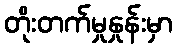
တိုးတက်မှုနှုန်းမှာ